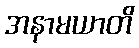
အနာမယာတိ